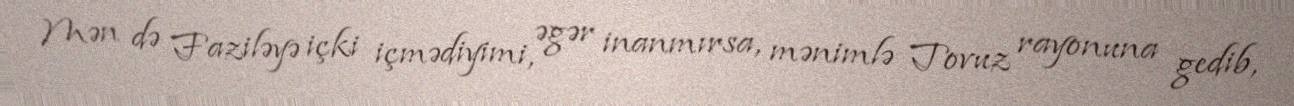
Mən də Faziləyə içki içmədiyimi, əgər inanmırsa, mənimlə Tovuz rayonuna gedib,